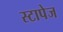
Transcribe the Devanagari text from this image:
स्टापेज